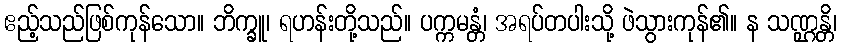
ဧည့်သည်ဖြစ်ကုန်သော။ ဘိက္ခူ၊ ရဟန်းတို့သည်။ ပက္ကမန္တံ၊ အရပ်တပါးသို့ ဖဲသွားကုန်၏။ န သဏ္ဌန္တိ၊